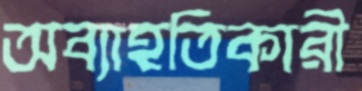
অব্যাহতিকারী